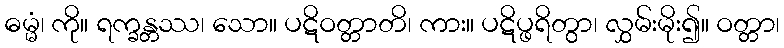
ဓမ္မံ၊ ကို။ ရက္ခန္တဿ၊ သော။ ပဋိဝတ္တာတိ၊ ကား။ ပဋိပ္ဖရိတွာ၊ လွှမ်းမိုး၍။ ဝတ္တာ၊